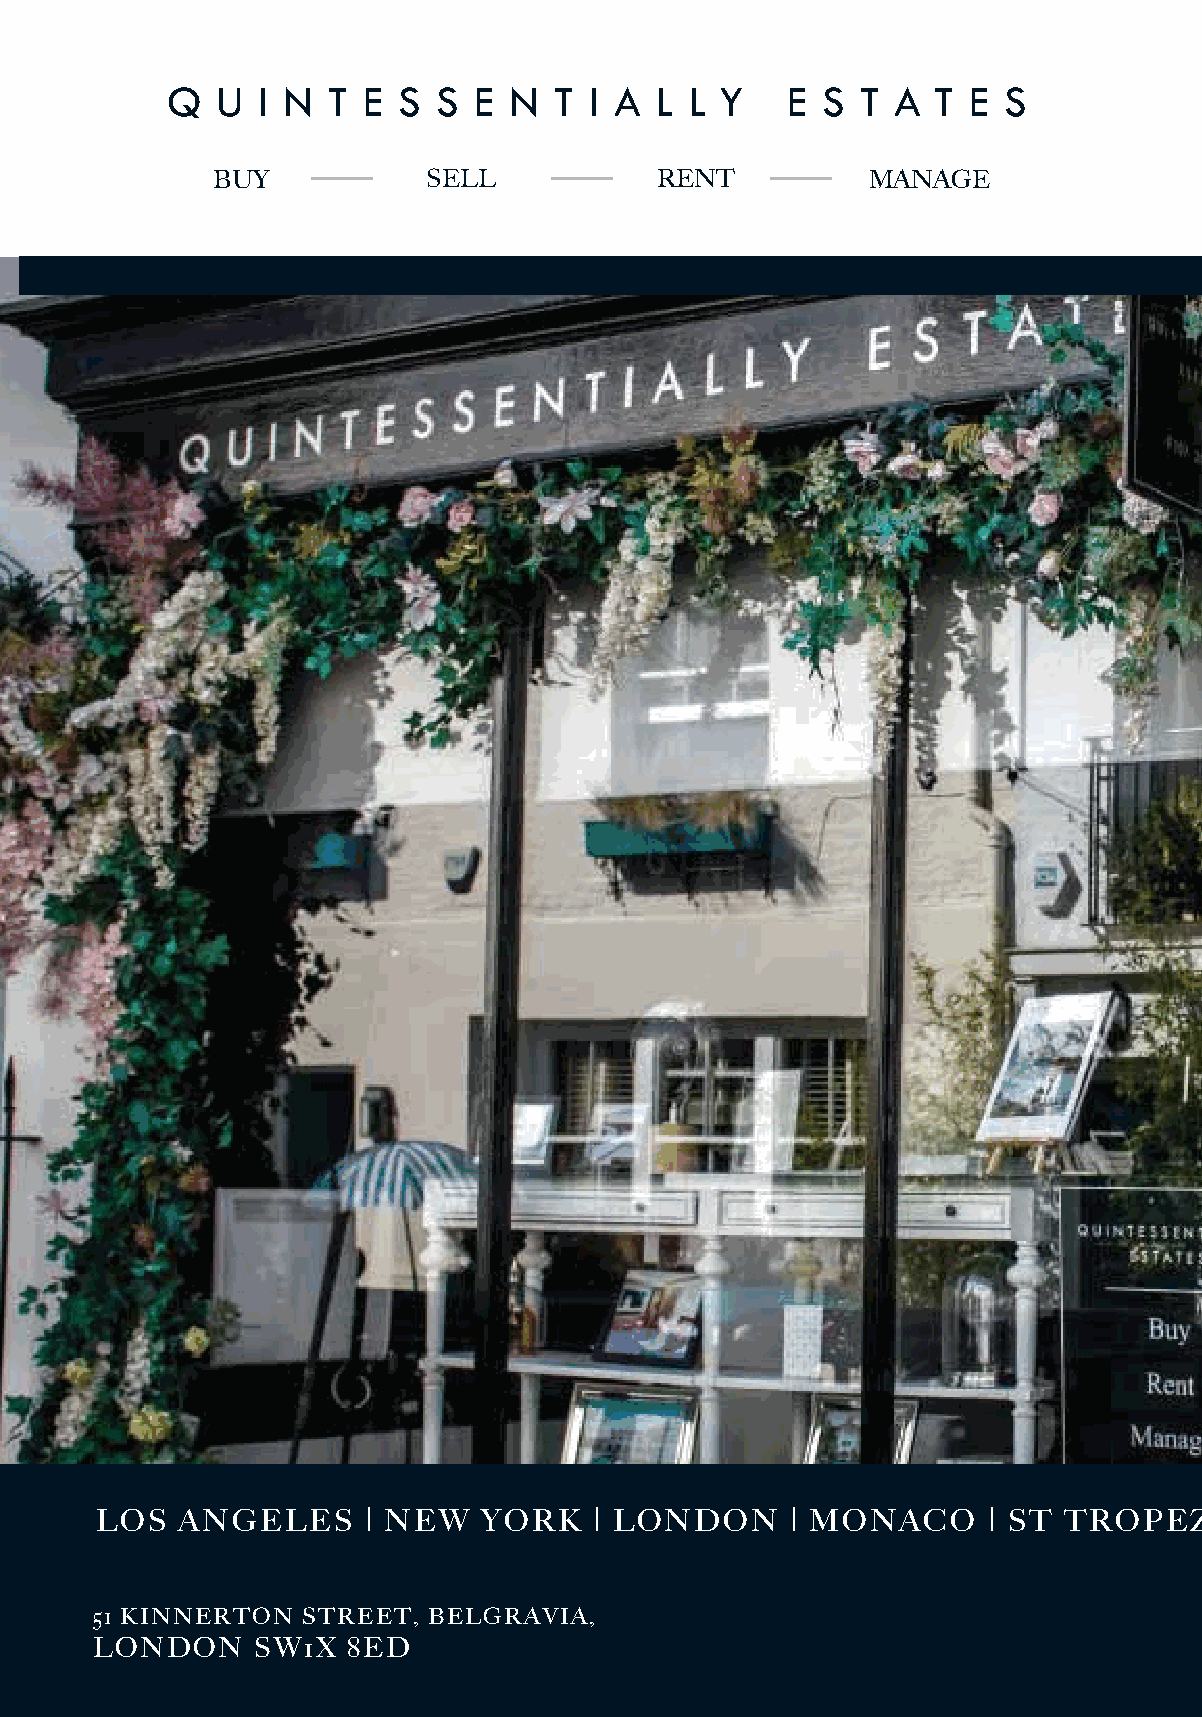
Q  U  I N  T E S  S E  N  T I A L  L Y   E S  T A  T E S
 BUY           SELL           RENT          MANAGE
 LOS   ANGELES     | NEW   YORK   | LONDON     | MONACO     | ST TROPEZ
 51 KINNERTON  STREET, BELGRAVIA,
 LONDON     SW1X  8ED